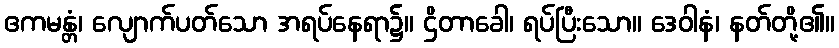
ဧကမန္တံ၊ လျောက်ပတ်သော အရပ်နေရာ၌။ ဌိတာခေါ၊ ရပ်ပြီးသော။ ဒေဝါနံ၊ နတ်တို့၏။